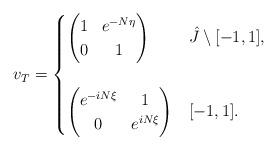
\begin{align*}v_T= \begin{cases}\begin{pmatrix}1 & e^{-N \eta} \\0 &1\end{pmatrix} & \hat{J}\setminus [-1,1], \\ \\\begin{pmatrix}e^{-iN \xi} & 1 \\0 &e^{iN \xi}\end{pmatrix} & [-1,1]. \end{cases}\end{align*}